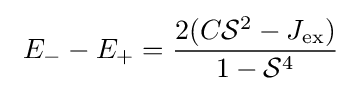
\ E_{-}-E_{+}={\frac {2(C{\mathcal {S}}^{2}-J_{\rm {ex}})}{1-{\mathcal {S}}^{4}}}